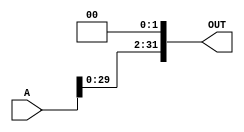
module LogicalLeftShiftByTwo(A, OUT);
input [31:0] A;
output [31:0] OUT;
assign OUT[31:2] = A[29:0];
assign OUT[1:0] = {1'b0,1'b0};
endmodule